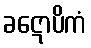
ခဋောပိကံ